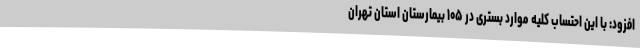
افزود: با این احتساب کلیه موارد بستری در ۱۰۵ بیمارستان استان تهران